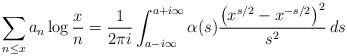
LaTeX: \begin{align*}\sum_{n\le x}a_n\log\frac xn = \frac1{2\pi i}\int_{a-i\infty}^{a+i\infty} \alpha(s)\frac{\big(x^{s/2}-x^{-s/2}\big)^2}{s^2}\,ds\end{align*}